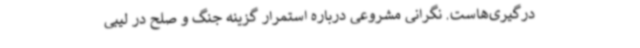
درگیری‌هاست. نگرانی مشروعی درباره استمرار گزینه جنگ و صلح در لیبی